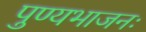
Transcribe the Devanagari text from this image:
पुण्यभाजनः